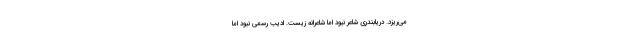
می‌ریزد. دریابندری شاعر نبود اما شاعرانه زیست. ادیب رسمی نبود اما